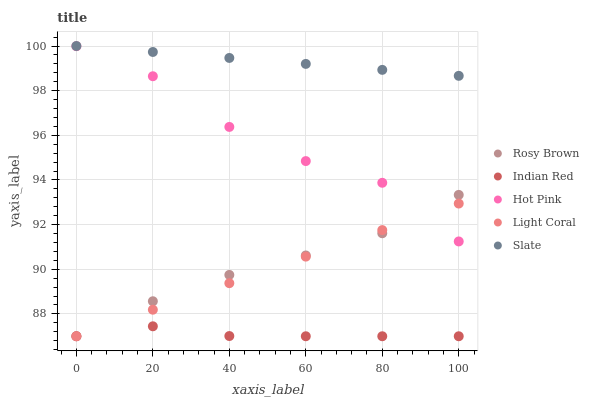
| xaxis_label | Rosy Brown | Indian Red | Hot Pink | Light Coral | Slate |
 | --- | --- | --- | --- | --- | --- |
 | 0 | 87 | 87 | 100 | 87 | 100 |
 | 20 | 88.6 | 87.4 | 98.6 | 88.2 | 99.7 |
 | 40 | 89.7 | 87 | 96.4 | 89.4 | 99.5 |
 | 60 | 90.6 | 87 | 94.8 | 90.6 | 99.2 |
 | 80 | 91.6 | 87 | 93.9 | 91.8 | 98.9 |
 | 100 | 93.3 | 87 | 91.2 | 92.9 | 98.7 |